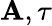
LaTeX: \mathbf{A},\tau